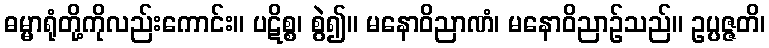
ဓမ္မာရုံတို့ကိုလည်းကောင်း။ ပဋိစ္စ၊ စွဲ၍။ မနောဝိညာဏံ၊ မနောဝိညာဉ်သည်။ ဥပ္ပဇ္ဇတိ၊